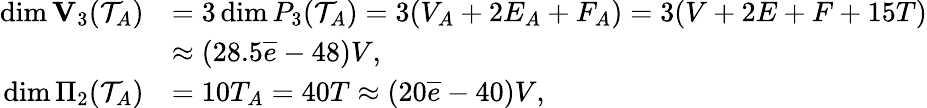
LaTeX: \begin{array}{rl}{\dim{\mathbf V}_{3}({\mathcal T}_{{A}})}&{=3\dim P_{3}({\mathcal T}_{{A}})=3(V_{A}+2E_{A}+F_{A})=3(V+2E+F+15T)}\\ &{\approx(28.5\overline{{e}}-48)V,}\\ {\dim\Pi_{2}({\mathcal T}_{{A}})}&{=10T_{A}=40T\approx(20\overline{{e}}-40)V,}\end{array}